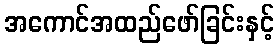
အကောင်အထည်ဖော်ခြင်းနှင့်